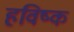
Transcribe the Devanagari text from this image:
हविष्क